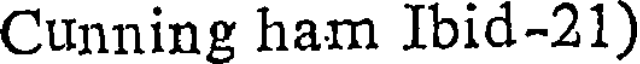
Cunning ham Ibid-21)